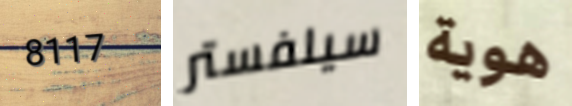
8117 سيلفستر هوية